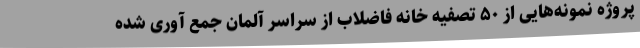
پروژه نمونه‌هایی از ۵۰ تصفیه خانه فاضلاب از سراسر آلمان جمع آوری شده